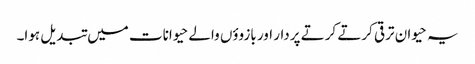
یہ حیوان ترقی کرتے کرتے پردار اور بازووٴں والے حیوانات میں تبدیل ہوا۔